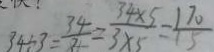
3 4 \div 3 = \frac { 3 4 } { 3 } = \frac { 3 4 \times 5 } { 3 \times 5 } = \frac { 1 7 0 } { 1 5 }